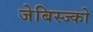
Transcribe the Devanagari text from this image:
जेबिस्ज्को